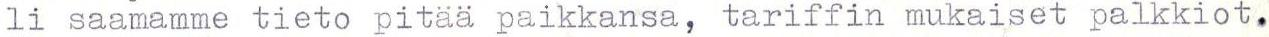
li saamamme tieto pitää paikkansa, tariffin mukaiset palkkiot.